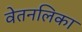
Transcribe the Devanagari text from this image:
वेतनलिका